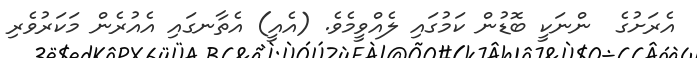
އެރަށުގެ  ންނަކީ ބޮޑުން ކަމުގައި ލެއްވީމެވެ. (އެއީ) އެތާނގައި އެއުރެން މަކަރުވެރި